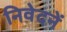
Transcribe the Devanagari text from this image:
निवेदनें